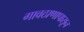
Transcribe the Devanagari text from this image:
गावठाणापासून